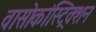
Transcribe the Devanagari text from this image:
वासोकांस्ट्रिक्शन